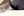
الناس